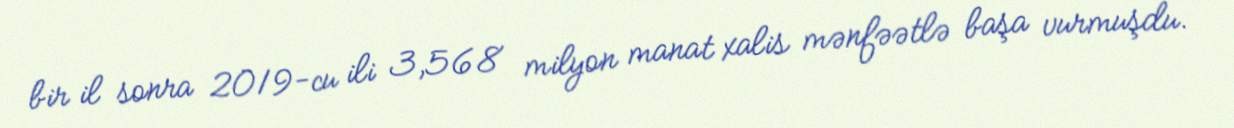
bir il sonra 2019-cu ili 3,568 milyon manat xalis mənfəətlə başa vurmuşdu.